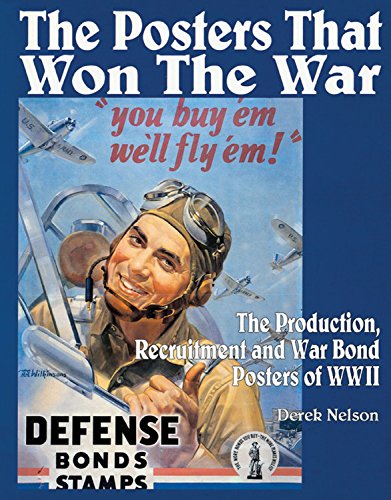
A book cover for The Posters that Won the War: The Production, Recruitment and War Bond Posters of WWII; Derek Nelson; Crafts, Hobbies & Home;